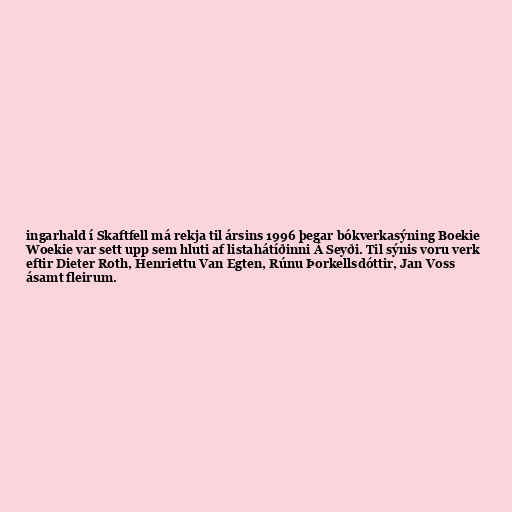
ingarhald í Skaftfell má rekja til ársins 1996 þegar bókverkasýning Boekie
Woekie var sett upp sem hluti af listahátíðinni Á Seyði. Til sýnis voru verk
eftir Dieter Roth, Henriettu Van Egten, Rúnu Þorkellsdóttir, Jan Voss
ásamt fleirum.